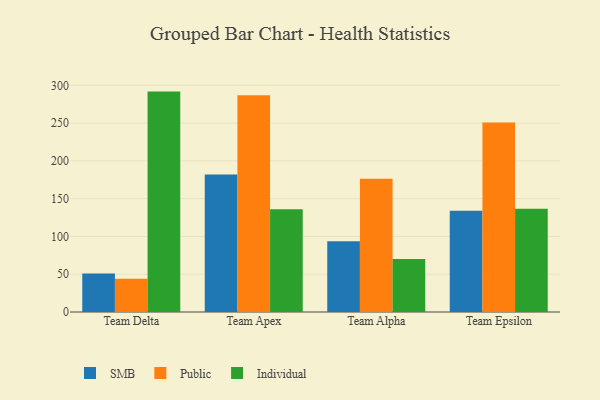
{"axis": {"x": "Team", "y": "Headcount"}, "legend": ["Individual", "Public", "SMB"], "data": [{"x": "Team Delta", "y": 51.1, "type": "SMB"}, {"x": "Team Delta", "y": 43.9, "type": "Public"}, {"x": "Team Delta", "y": 291.7, "type": "Individual"}, {"x": "Team Apex", "y": 182.1, "type": "SMB"}, {"x": "Team Apex", "y": 287.0, "type": "Public"}, {"x": "Team Apex", "y": 135.9, "type": "Individual"}, {"x": "Team Alpha", "y": 93.5, "type": "SMB"}, {"x": "Team Alpha", "y": 176.2, "type": "Public"}, {"x": "Team Alpha", "y": 70.0, "type": "Individual"}, {"x": "Team Epsilon", "y": 134.0, "type": "SMB"}, {"x": "Team Epsilon", "y": 250.9, "type": "Public"}, {"x": "Team Epsilon", "y": 136.5, "type": "Individual"}]}